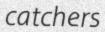
catchers